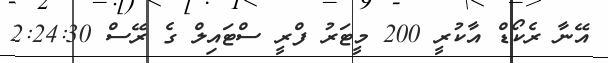
އޭނާ ރެކޯޑް އާކުރީ 200 މީޓަރު ފްރީ ސްޓައިލް ގެ ރޭސް 2:24:30